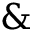
\&